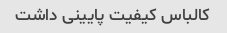
کالباس کیفیت پایینی داشت